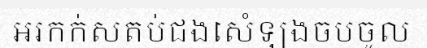
អរកក់សតប់ជងសេំឡងចបចូល